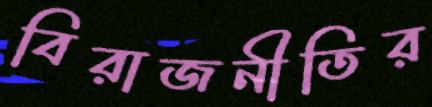
বিরাজনীতির